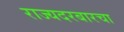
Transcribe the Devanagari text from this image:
राज्यदरबारचा